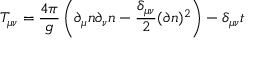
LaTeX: T _ { \mu \nu } = \frac { 4 \pi } { g } \left( \partial _ { \mu } n \partial _ { \nu } n - \frac { \delta _ { \mu \nu } } { 2 } ( \partial n ) ^ { 2 } \right) - \delta _ { \mu \nu } t